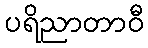
ပရိညာတာဝီ